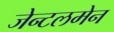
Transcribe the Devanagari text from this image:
जेन्टलमेन